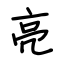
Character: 亮